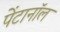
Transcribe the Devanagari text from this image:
पेंटानॉल